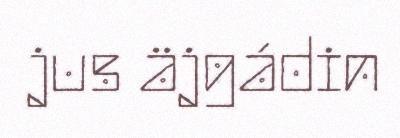
jus äjgádin